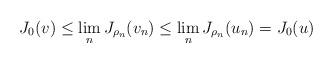
LaTeX: \begin{align*}J_0(v)\leq \lim_n J_{\rho_n}(v_n)\leq \lim_nJ_{\rho_n}(u_n)=J_0(u)\end{align*}